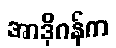
အာဒိုဂန်က